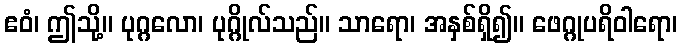
ဧဝံ၊ ဤသို့။ ပုဂ္ဂလော၊ ပုဂ္ဂိုလ်သည်။ သာရော၊ အနှစ်ရှိ၍။ ဖေဂ္ဂုပရိဝါရော၊